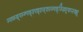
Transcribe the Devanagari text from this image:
म्फ्व्म्द्फ्म्न्फ्द्श्फ्द्श्ज्क्स्ज्फ्द्ज्ख्स्र्फिप्स्व्झ्र्